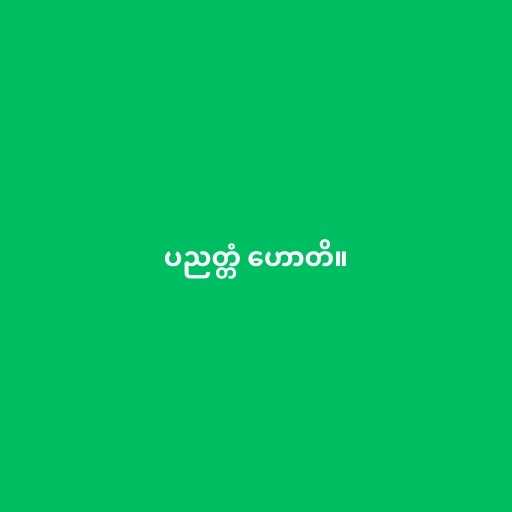
ပညတ္တံ ဟောတိ။